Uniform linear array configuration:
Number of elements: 16
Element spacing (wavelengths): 0.5
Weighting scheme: blackman
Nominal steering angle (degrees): -45
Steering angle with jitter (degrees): -43.306
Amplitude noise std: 0.05
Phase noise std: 0.05

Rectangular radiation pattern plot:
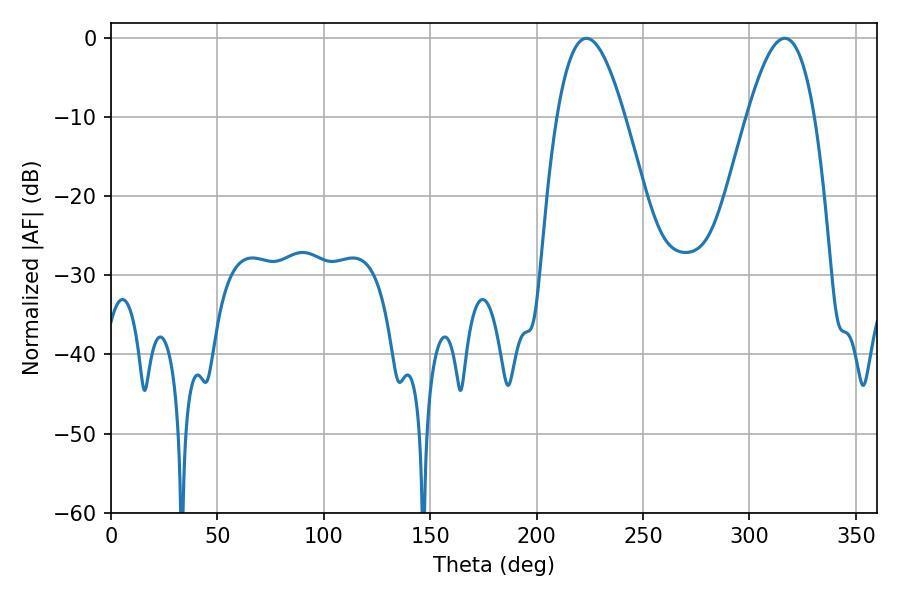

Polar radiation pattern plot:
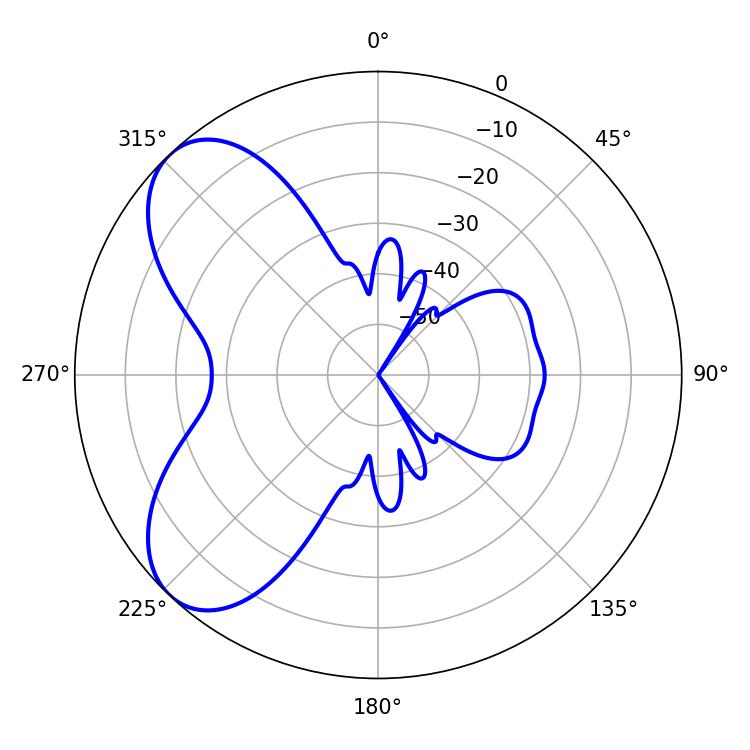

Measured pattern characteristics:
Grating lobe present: FALSE
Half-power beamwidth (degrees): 17.28
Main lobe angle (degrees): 223.38